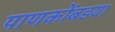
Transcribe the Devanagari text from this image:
पाणकोंबडया